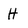
Character: H